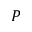
P